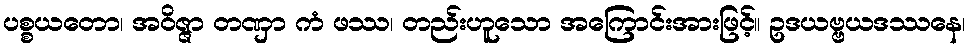
ပစ္စယတော၊ အဝိဇ္ဇာ တဏှာ ကံ ဖဿ၊ တည်းဟူသော အကြောင်းအားဖြင့်။ ဥဒယဗ္ဗယဒဿနေ၊